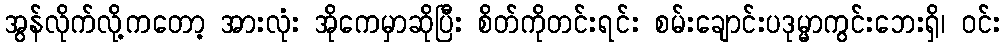
အွန်လိုက်လို့ကတော့ အားလုံး အိုကေမှာဆိုပြီး စိတ်ကိုတင်းရင်း စမ်းချောင်းပဒုမ္မာကွင်းဘေးရှိ၊ ဝင်း